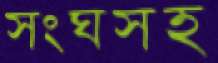
সংঘসহ